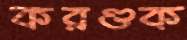
করণ্ডক